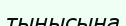
тынысына